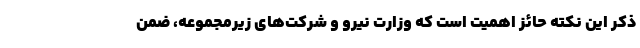
ذکر این نکته حائز اهمیت است که وزارت نیرو و شرکت‌های زیرمجموعه، ضمن